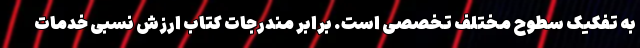
به تفکیک سطوح مختلف تخصصی است. برابر مندرجات کتاب ارزش نسبی خدمات